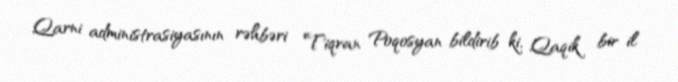
Qarni administrasiyasının rəhbəri Tiqran Poqosyan bildirib ki, Qaqik bir il